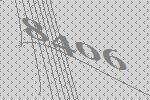
8406